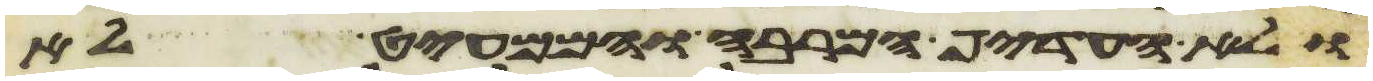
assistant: ולא העדיף המרבה והממעיט לא